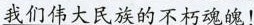
我们伟大民族的不朽魂魄！